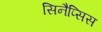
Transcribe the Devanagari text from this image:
सिनैप्सिस